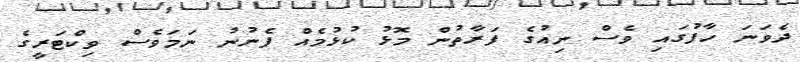
ދެވަނަ ހާފުގައި ވެސް ނިއުގެ ފަރާތުން މޮޅު ކުޅުމެއް ފެނުނު ނަމަވެސް ވިކްޓަރީގެ